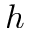
h